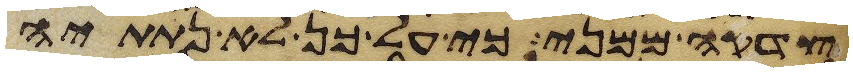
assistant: צדקה ממני כי על כן לא נתתיה